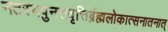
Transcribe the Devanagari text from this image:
नतस्यपुनरावृत्तिर्ब्रह्मलोकात्सनातनात्